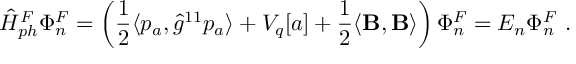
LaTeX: \hat { H } _ { p h } ^ { F } \Phi _ { n } ^ { F } = \left( \frac 1 2 \langle p _ { a } , \hat { g } ^ { 1 1 } p _ { a } \rangle + V _ { q } [ a ] + \frac 1 2 \langle { \bf B } , { \bf B } \rangle \right) \Phi _ { n } ^ { F } = E _ { n } \Phi _ { n } ^ { F } \ .